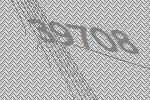
39708